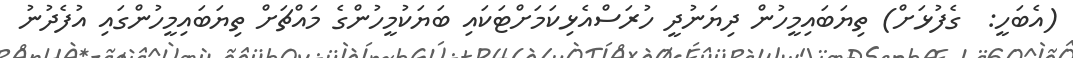
(އެބަހީ:  ގެފުޅަށް) ތިޔަބައިމީހުން ދިޔަނުދީ ހުރަސްއެޅިކަމަށްޓަކައި ބަޔަކުމީހުންގެ މައްޗަށް ތިޔަބައިމީހުންގައި އުފެދުނު